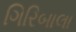
ગિરિબાલા